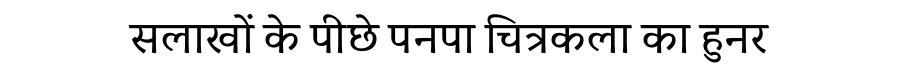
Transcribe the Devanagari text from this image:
सलाखों के पीछे पनपा चित्रकला का हुनर